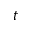
t